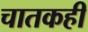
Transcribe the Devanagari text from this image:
चातकही